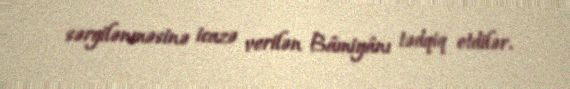
sərgilənməsinə icazə verilən Bâmiyânı tədqiq etdilər.